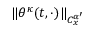
\| \theta ^ { \kappa } ( t , \cdot ) \| _ { C _ { x } ^ { \alpha ^ { \prime } } }